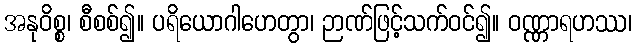
အနုဝိစ္စ၊ စီစစ်၍။ ပရိယောဂါဟေတွာ၊ ဉာဏ်ဖြင့်သက်ဝင်၍။ ဝဏ္ဏာရဟဿ၊